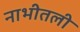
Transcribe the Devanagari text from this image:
नाभीतली